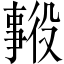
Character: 𱎑